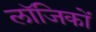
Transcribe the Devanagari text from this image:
लॉजिकों